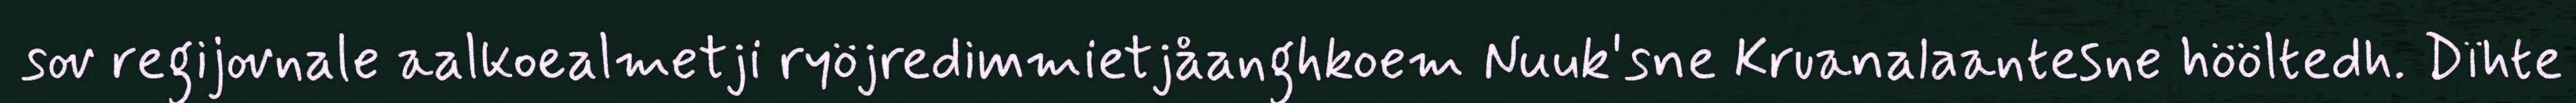
sov regijovnale aalkoealmetji ryöjredimmietjåanghkoem Nuuk'sne Kruanalaantesne hööltedh. Dïhte